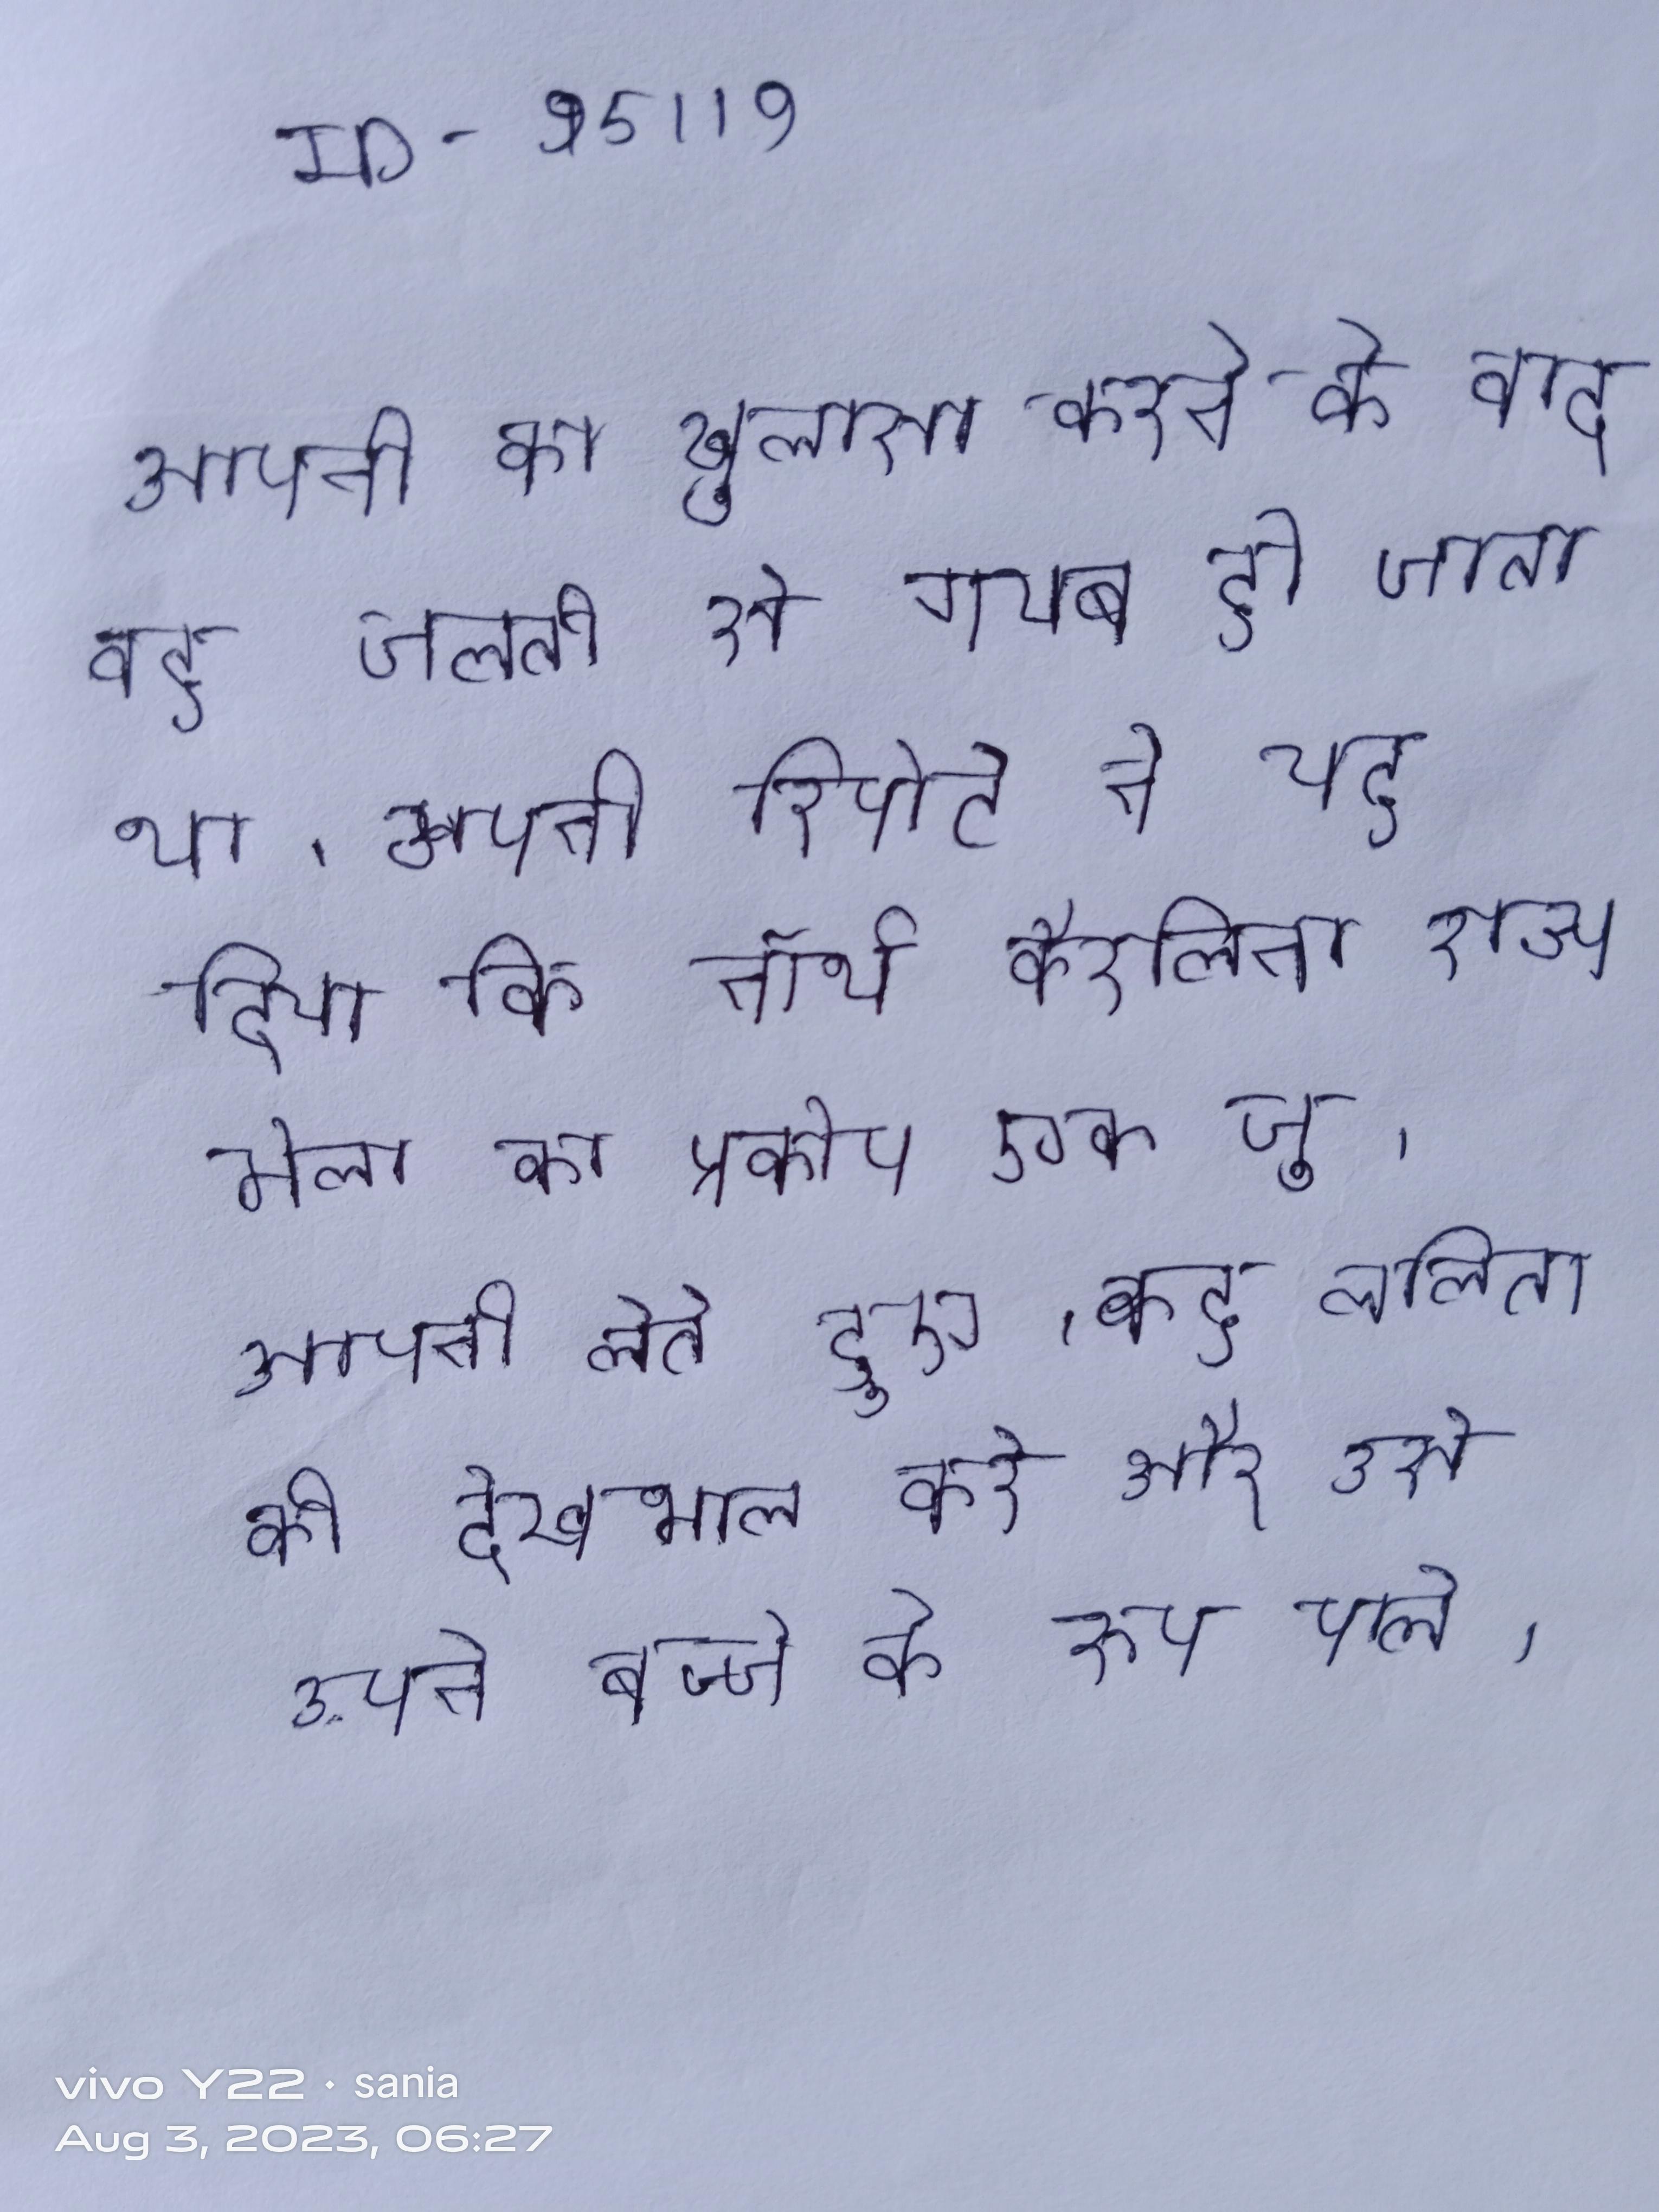
अपनी का खुलासा करने के बाद, वह चलती से गायब हो जाता था । अपनी रिपोर्ट ने यह निष्कर्ष दिया कि नॉर्थ कैरोलिना राज्य मेला का प्रकोप एक जू प्रदर्शनी से शुरू हुआ था । अपनी लेते हुए, वह लक्ष्मी से अनुरोध करता है कि वह ललिता की देखभाल करे और उसे अपने बच्चे के रूप पाले ।